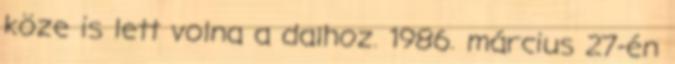
köze is lett volna a dalhoz. 1986. március 27-én